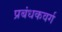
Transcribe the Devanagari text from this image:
प्रबंधकवर्ग